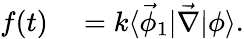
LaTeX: \begin{array}{rl}{f(t)}&{{}=k\langle\vec{\phi}_{1}\lvert\vec{\nabla}\rvert\phi\rangle.}\end{array}